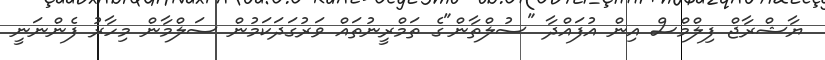
ޔާޝްރާޖް ފިލްމްސް އިން އުފައްދާ "ސުލްތާން"ގެ ތަމްރީނުތައް ވަރުގަދަކަމުން ސަލްމާން މިހާރު ފެންނަނީ